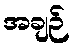
အချဉ်